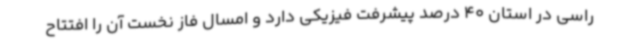
راسی در استان 40 درصد پیشرفت فیزیکی دارد و امسال فاز نخست آن را افتتاح